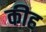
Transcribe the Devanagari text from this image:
कीह